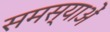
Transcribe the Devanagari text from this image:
समस्याअें